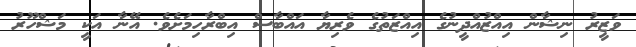
ވަޒީރު ނިޝާން އިއްޒުއްދީނުގެ އިއްޒަތުގެ ވެރިޔާ އައްބާސް އިބްރާހިމަށެވެ. އޭނާ އަކީ މަޝްހޫރު